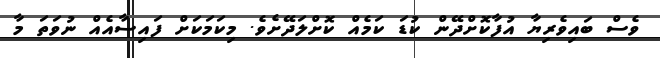
ވެސް ބައިވެރިޔާ އުފާކޮށްދޭން ކުޑަ ކަމެއް ކޮށްލަދޭށެވެ. މިކަމަކަށް ފައިސާއެއް ނުވަތަ މާ